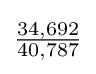
{\tfrac {34,692}{40,787}}